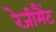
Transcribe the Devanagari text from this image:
रेजीमैंट